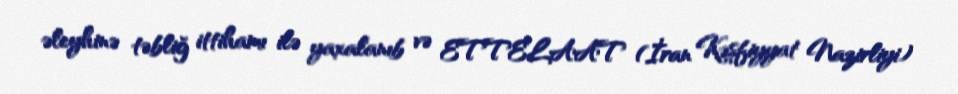
əleyhinə təbliğ ittihamı ilə yaxalanıb və ETTELAAT (İran Kəşfiyyat Nazirliyi)